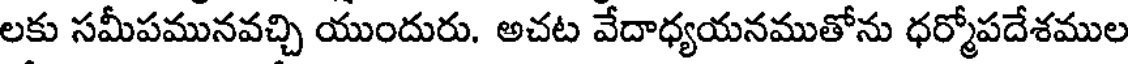
లకు సమీపమునవచ్చి యుందురు. అచట వేదాధ్యయనముతోను ధర్మోపదేశముల